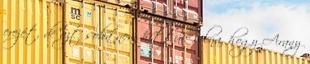
erejét, de azt soha nem hittük volna, hogy Arany